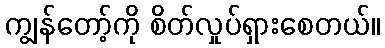
ကျွန်တော့်ကို စိတ်လှုပ်ရှားစေတယ်။